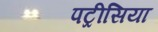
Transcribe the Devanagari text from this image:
पट्रीसिया